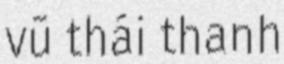
vũ thái thanh